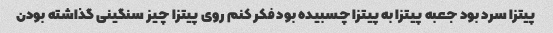
پیتزا سرد بود جعبه پیتزا به پیتزا چسبیده بود فکر کنم روی پیتزا چیز سنگینی گذاشته بودن